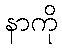
နာကို